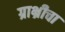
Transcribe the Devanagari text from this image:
ग्राभ्रीचा